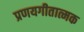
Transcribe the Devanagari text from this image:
प्रणयगीतात्मक